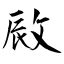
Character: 敐